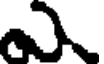
ఎ